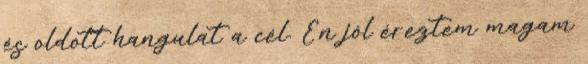
és oldott hangulat a cél. Én jól éreztem magam